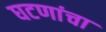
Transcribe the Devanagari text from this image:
घटणांचा